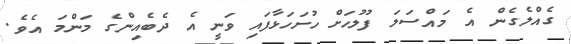
ގެއްލެގެން އެ މައްސަލަ ފުލުހަށް ހުށަހަޅާފައި ވަނީ އެ ދެބެއިންގެ މަންމަ އެވެ.